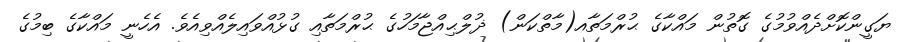
ޔަގީންކޮށްދެއްވުމުގެ ގޮތުން މައްކާގެ ޙުރްމަތާއ(މާތްކަން) ޛުލްޙިއްޖާމަހުގެ ޙުރްމަތާއި ގުޅުއްވައިލެއްވިއެވެ. އެހެނީ މައްކާގެ ބިމުގެ